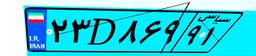
۲۳D۸۶۹۹۱